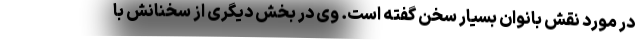
در مورد نقش بانوان بسیار سخن گفته است. وی در بخش دیگری از سخنانش با